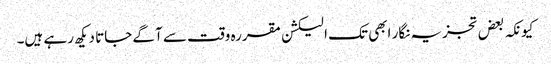
کیونکہ بعض تجزیہ نگار ابھی تک الیکشن مقررہ وقت سے آگے جاتا دیکھ رہے ہیں۔